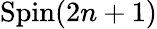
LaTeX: \operatorname{Spin}(2n+1)